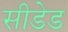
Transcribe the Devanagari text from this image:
सीडेड